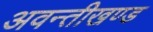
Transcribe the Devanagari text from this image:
अवन्तीखण्ड